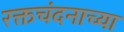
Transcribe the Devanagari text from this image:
रक्तचंदनाच्या